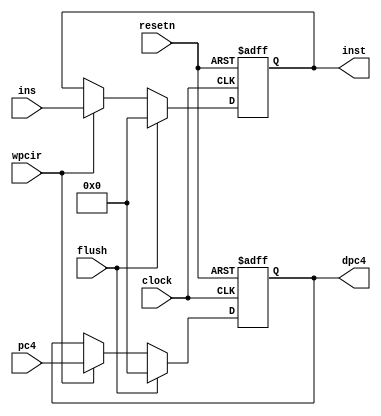
module pl_ifid (clock, resetn, 
				flush, pc4, ins, wpcir, 
				dpc4, inst);
	input clock, resetn, flush;
	input [31:0] pc4, ins;
	input wpcir;
	output reg [31:0] dpc4, inst;

	always @(posedge clock or negedge resetn)
	begin
		if (!resetn)
		begin
			dpc4 <= 0;
			inst <= 0;
		end
		else
		begin
			if (flush)
			begin
				dpc4 <= 0;
				inst <= 0;
			end
			else 
			begin
				if (wpcir)
				begin
					dpc4 <= pc4;
					inst <= ins;
				end
			end
		end
	end
endmodule